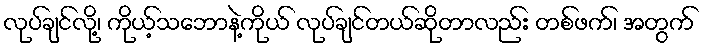
လုပ်ချင်လို့၊ ကိုယ့်သဘောနဲ့ကိုယ် လုပ်ချင်တယ်ဆိုတာလည်း တစ်ဖက်၊ အတွက်